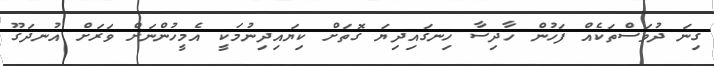
ގިނަ ދުވަސްތަކެއް ފަހުން ހާދިސާ ހިނގައިދިޔަ ގޮތަށް ކިޔައިދިނުމަކީ އެމީހުންނަށް ވަރަށް އުނދަގޫ